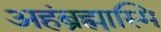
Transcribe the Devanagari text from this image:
अहंब्रह्मास्मि